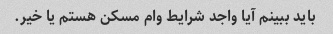
باید ببینم آیا واجد شرایط وام مسکن هستم یا خیر.